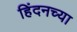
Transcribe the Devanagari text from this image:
हिंदनच्या